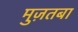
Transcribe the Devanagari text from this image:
मुज़तबा